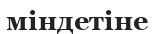
міндетіне